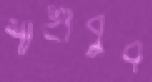
শাহাবুব